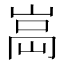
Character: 𡸿